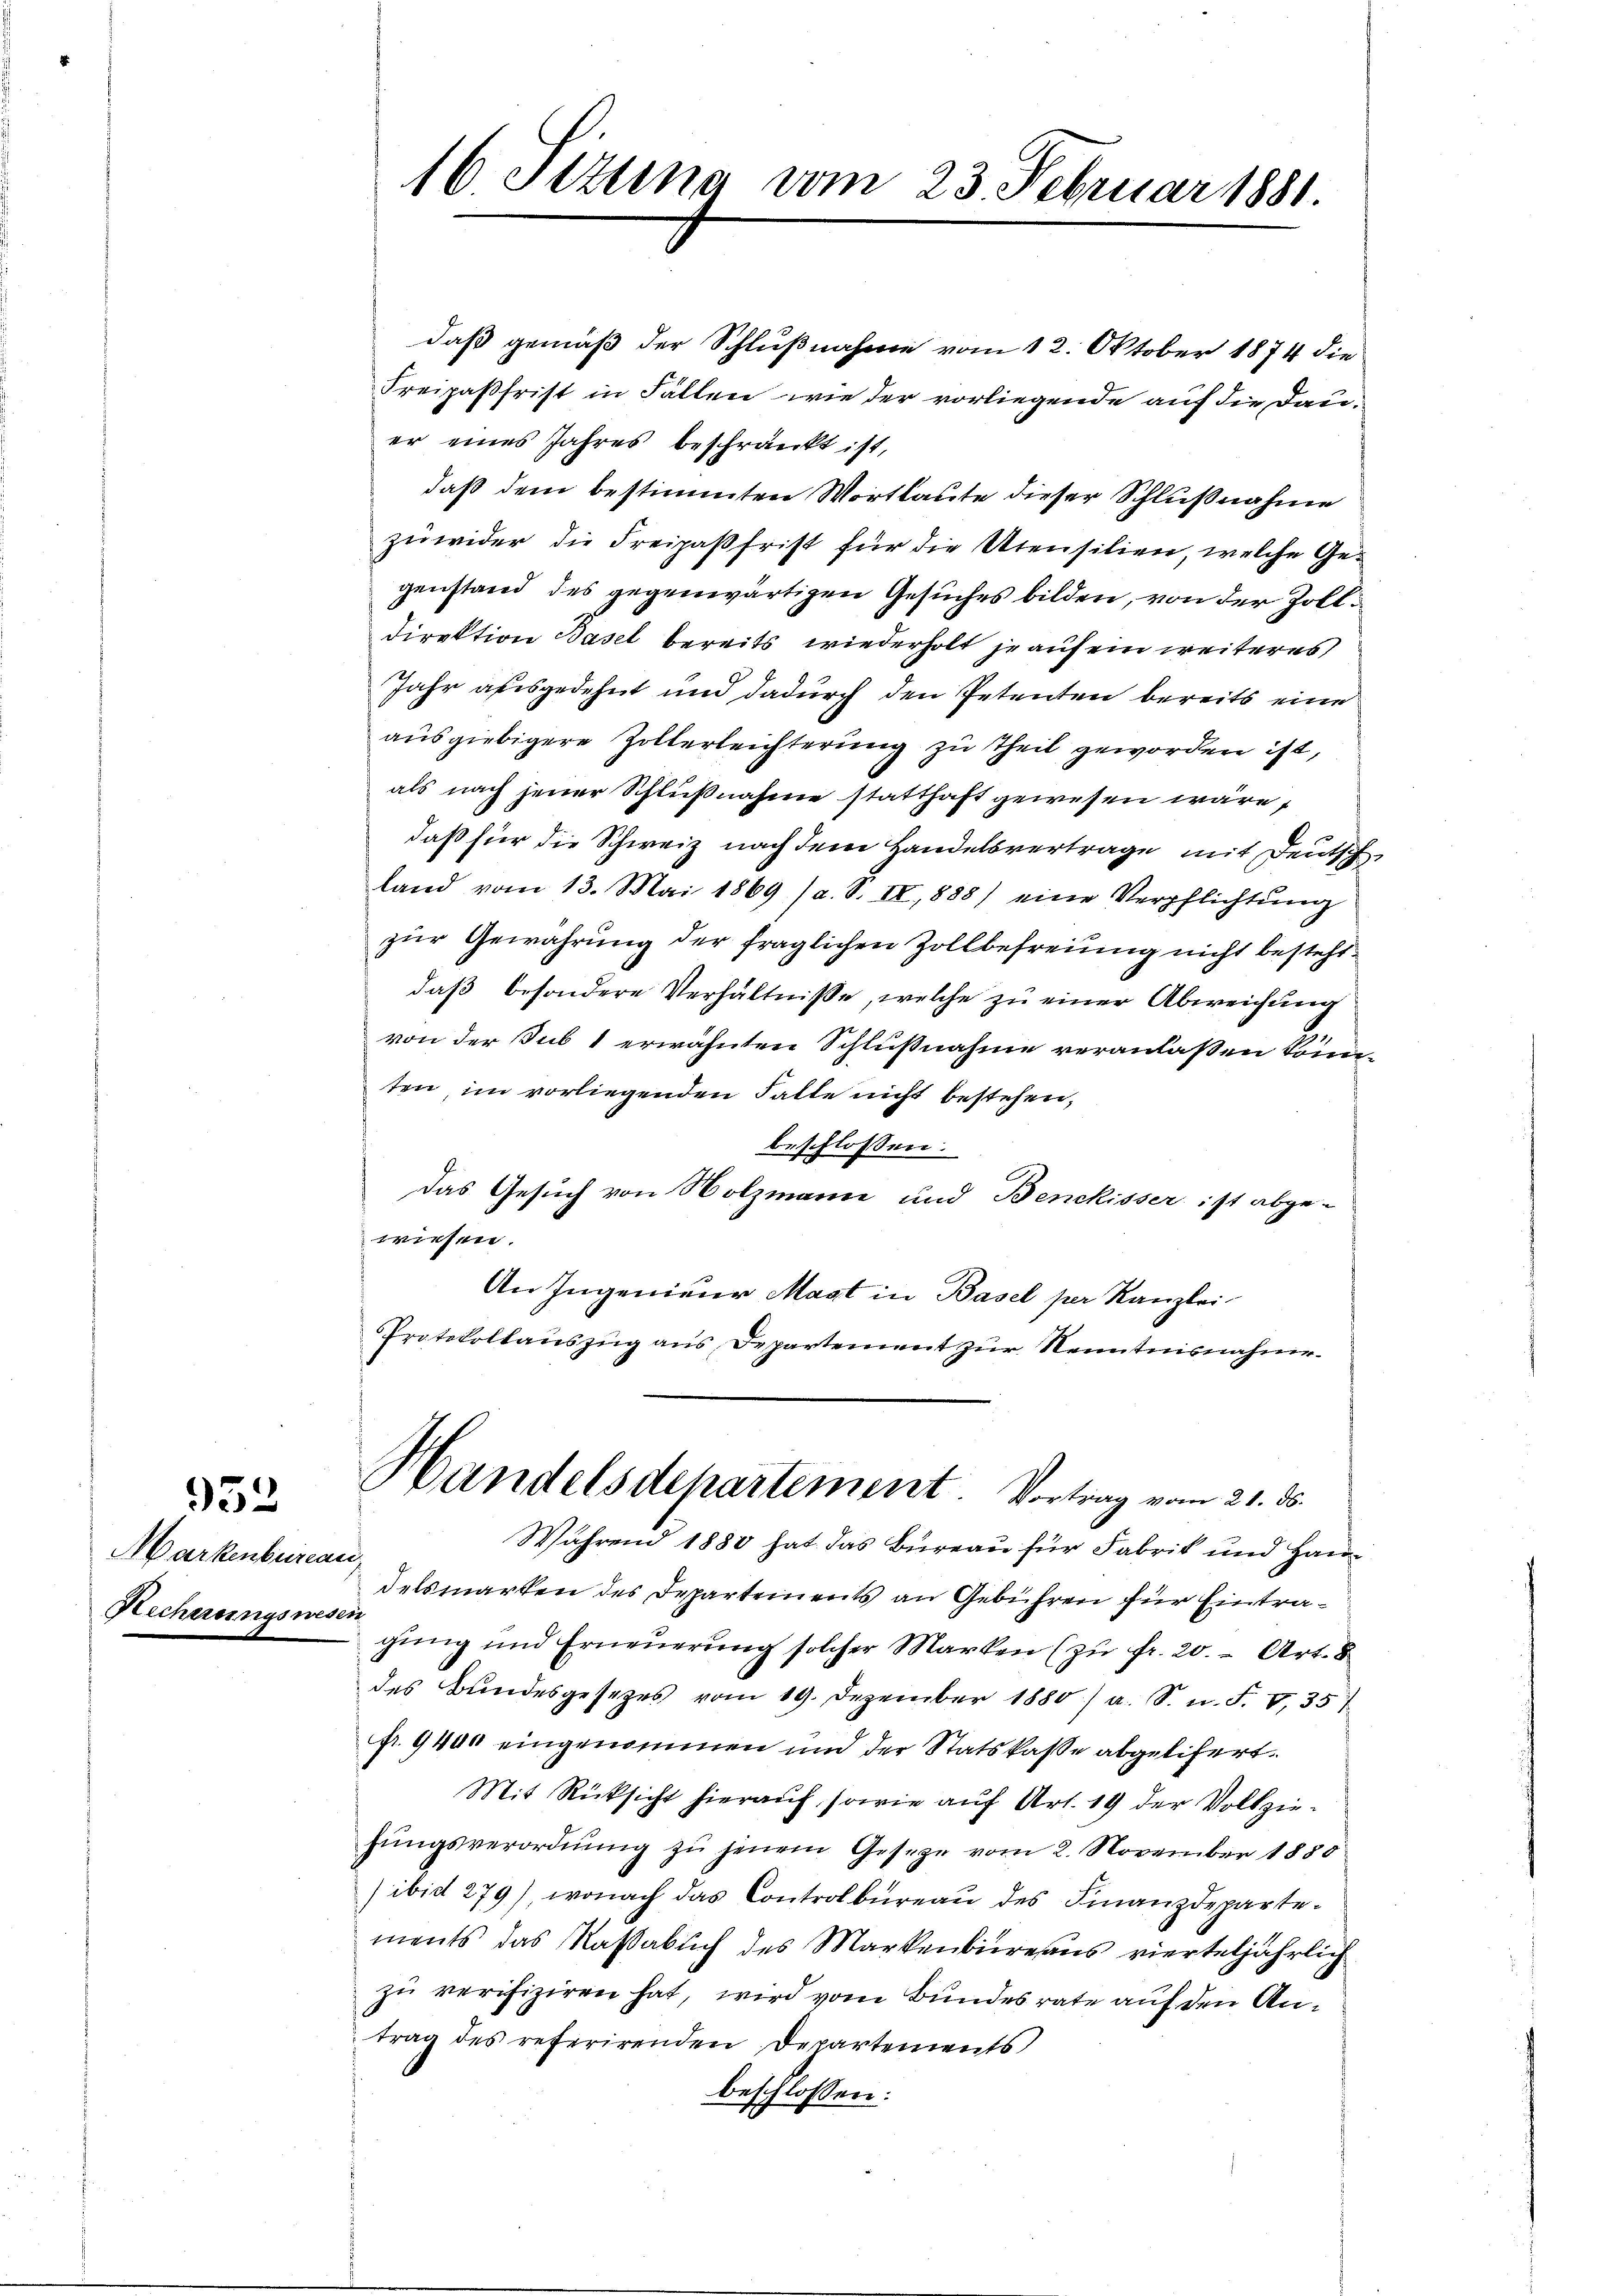
952

Markenburea
Recherungswes

16 Stztina vom 23. Februar 1881.

daß gemäß der Schlußnahme vom 12. Oktober 1874 die
Freipaßfrist in Fällen wie der vorliegende auf die Dauer eines Jahres beschränkt ist,
daß dem bestimmten Wortlaute dieser Schlußnahme
zuwider die Freipaßfrist für die Utensilien, welche Ge-
genstand des gegenwärtigen Gesuches bilden, von der Zolli
direktion Basel bereits wiederholt je auf ein weiteres,
Jahr ausgedehnt und dadurch den Petenten bereits eine
ausgiebigere Zollerleichterung zu Theil geworden ist,
als nach jener Schlußnahme statthaft gewesen wäre,
daß für die Schweiz nach dem Handelsvertrage mit Deutsch
land vom 13. Mai 1869 (a. S. II, 888) eine Verpflichtŭng
zur Gewährung der fraglichen Zollbefreiung nicht besteht
daβ besondere Verhältnisse, welche zŭ einer Abweichŭng
von der Sub 1 erwähnten Schlußnahme veranlaßen könnten im vorliegenden Falte nicht bestehen,
beschlossen:
Das Gesuch von Nolzmann und Benckisser ist abge-
wiesen.
An Ingenieur Magt in Basel per Kanzlei
Protokollauszug aus Departement zur Kenntnisnahme

Handelsdepartement. Vortrag vom 21. ds.

Während 1880 hat das Büreau für Fabrik und Hanech
delsmarken des Departements an Gebühren für Eintraei
gŭng und Erneŭerŭng solcher Marken (zŭ fr. 20. Art. 8
des Bundesgesetzes vom 19. Dezember 1880) a. S. n. F. V 357
fr. 9400 eingenommen und der Statskasse abgelifert.
Mit Rücksicht hierauf, sowie auf Art. 19 der Vollziehŭngsverordnŭng zŭ jenem Geseze vom 2. November 1880
) ibid 279), wonach das Controlbüreaŭ des Finanzdepartements das Kassabuch des Markenbureaus vierteljährlich
zu verifiziren hat, wird vom Bundesrate auf den Antrag des referirenden Departements
beschlossen: